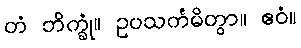
တံ ဘိက္ခုံ။ ဥပသင်္ကမိတွာ။ ဧဝံ။